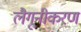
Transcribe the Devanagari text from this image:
लैगूनीकरण